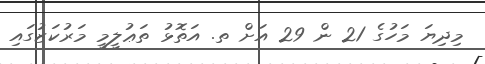
މިދިޔަ މަހުގެ 21 ން 29 އަށް ތ. އަތޮޅު ތަޢުލީމީ މަރުކަޒުގައި